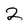
Character: 2